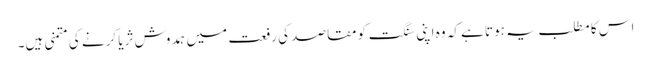
اس کا مطلب یہ ہوتا ہے کہ وہ اپنی سنگت کو مقاصد کی رفعت میں ہمدوش ثریا کرنے کی متمنی ہیں۔